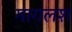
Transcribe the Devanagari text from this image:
गागलश